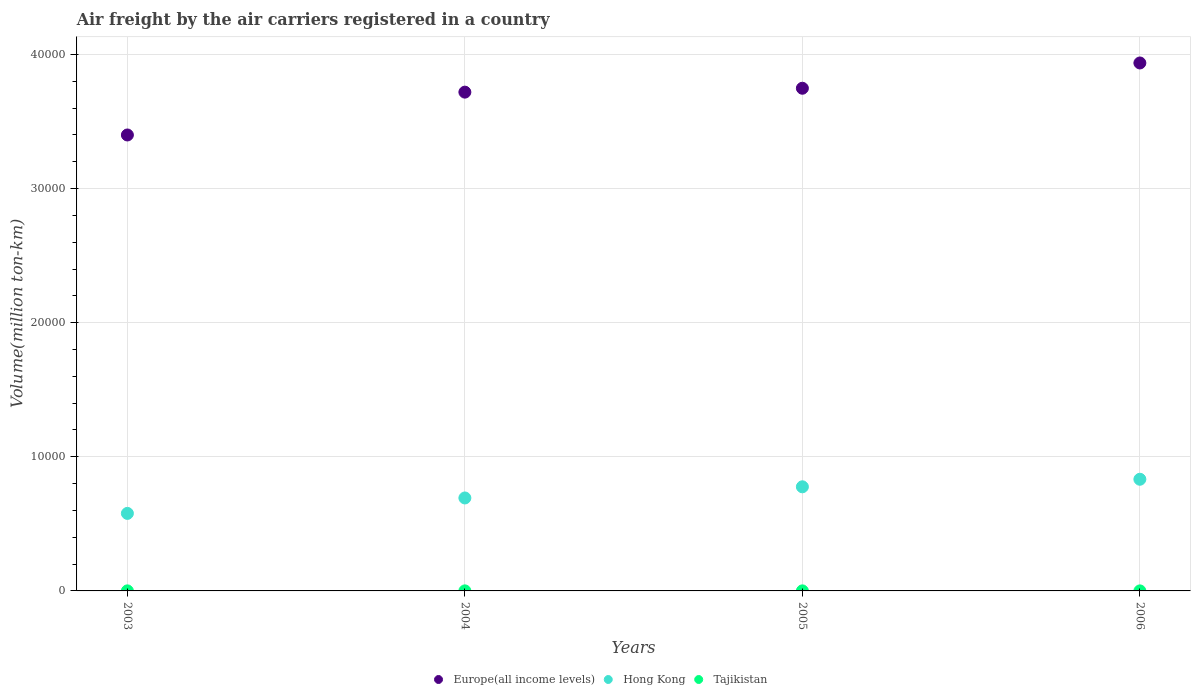
| Years | Europe(all income levels) | Hong Kong | Tajikistan |
 | --- | --- | --- | --- |
 | 2003 | 3.4e+04 | 5.78e+03 | 3.8 |
 | 2004 | 3.72e+04 | 6.93e+03 | 4.1 |
 | 2005 | 3.75e+04 | 7.76e+03 | 3.7 |
 | 2006 | 3.94e+04 | 8.33e+03 | 2.4 |